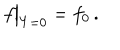
f { \bigr | } _ { Y = 0 } = f _ { 0 } \, .